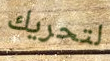
لتحريك